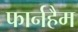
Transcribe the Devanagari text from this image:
फार्नहैम